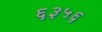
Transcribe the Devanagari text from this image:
६३५६